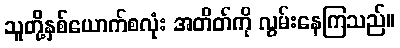
သူတို့နှစ်ယောက်စလုံး အတိတ်ကို လွမ်းနေကြသည်။